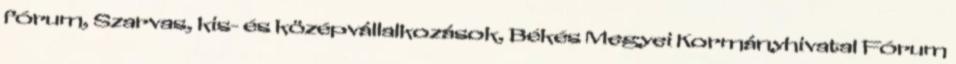
fórum, Szarvas, kis- és középvállalkozások, Békés Megyei Kormányhivatal Fórum